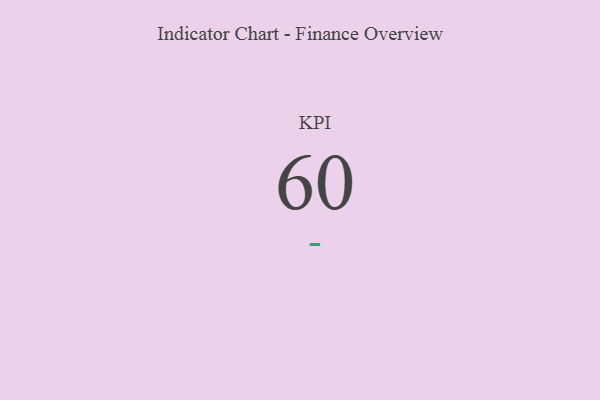
{"axis": {"x": "KPI", "y": "Value"}, "legend": [""], "data": [{"x": "KPI", "y": 60, "type": ""}]}